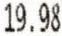
19.98